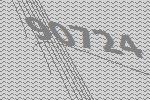
90724